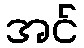
အင်